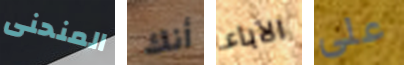
المنحنى أنك الآباء على